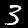
Label: 3